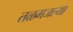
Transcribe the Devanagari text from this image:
तळमजल्या